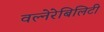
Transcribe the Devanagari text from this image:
वल्नेरेबिलिटी